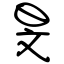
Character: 旻